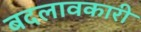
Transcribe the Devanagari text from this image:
बदलावकारी